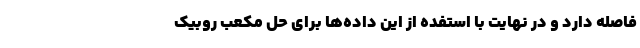
فاصله دارد و در نهایت با استفده از این داده‌ها برای حل مکعب روبیک